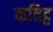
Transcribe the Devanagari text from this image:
कविट्ठ